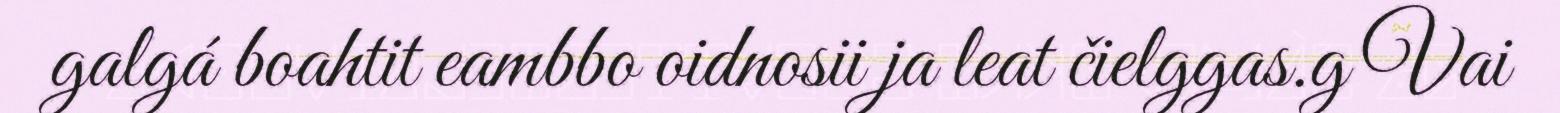
galgá boahtit eambbo oidnosii ja leat čielggas.g Vai